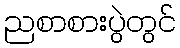
ညစာစားပွဲတွင်